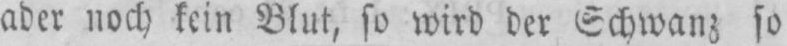
aber noch kein Blut, so wird der Schwanz so